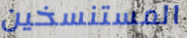
المستنسخين